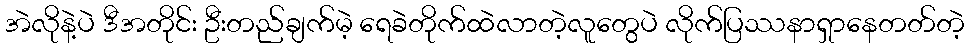
အဲလိုနဲ့ပဲ ဒီအတိုင်း ဦးတည်ချက်မဲ့ ရေခဲတိုက်ထဲလာတဲ့လူတွေပဲ လိုက်ပြဿနာရှာနေတတ်တဲ့